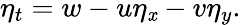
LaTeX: \eta_{t}=w-u\eta_{\mathit{x}}-v\eta_{y}.